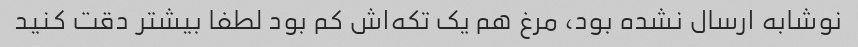
نوشابه ارسال نشده بود، مرغ هم یک تکه‌اش کم بود لطفا بیشتر دقت کنید